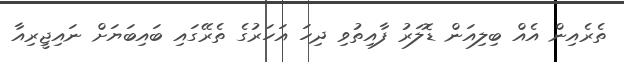
ތެރެއިން އެއް ބިލިއަން ޑޮލަރު ފާއިތުވި ދިހަ އަހަރުގެ ތެރޭގައި ބައިބަޔަށް ނައިޖީރިއާ